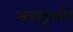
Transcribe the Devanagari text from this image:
अप्रादुर्भाव